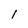
Character: 1